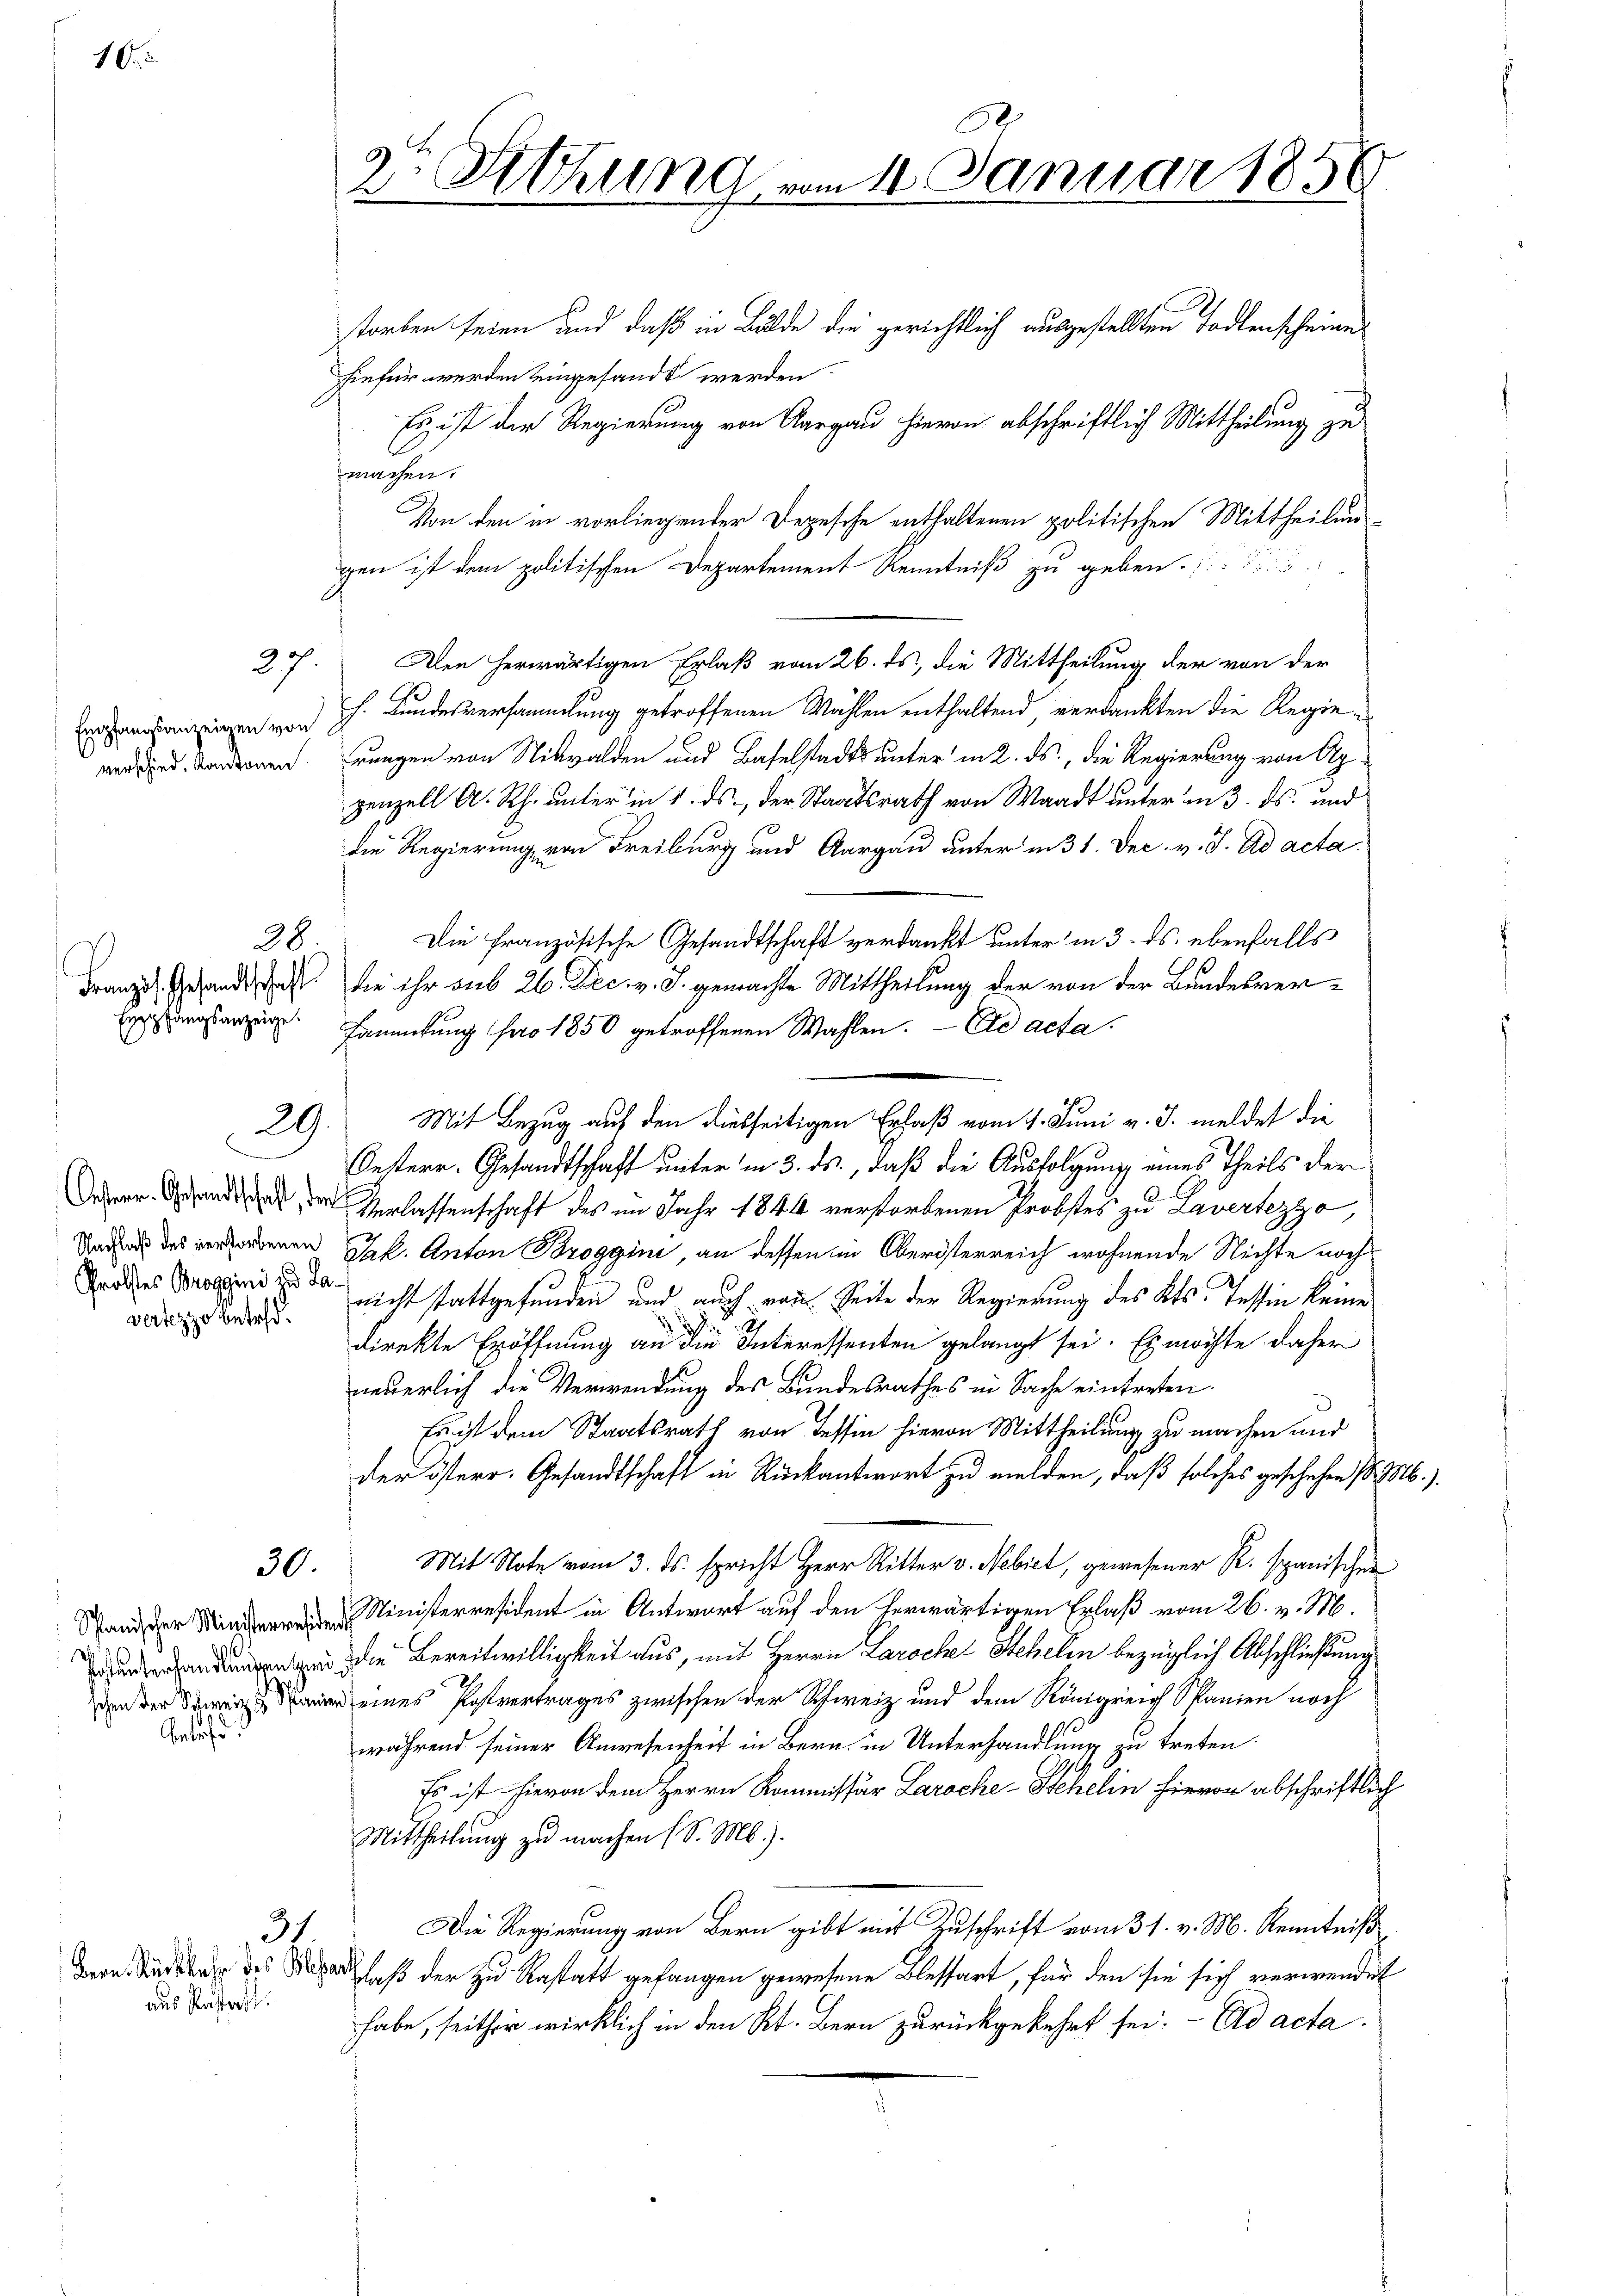
10

Empfangsanzeigen von
verschied. Kantonen.

28.
Empfangsanzeige.

Nachlaß des verstorbenen
Probstes Broggini und Lavertezzo betreff¬

37.

29.

30.

Betref

aus Kastatt.

31.

2te Sitzung vom 11. Januar 1856

storben seien und daß in Bälde die gerichtlich ausgestellten Todtenscheines
hiefür werden eingesandt werden.
Es ist der Regierung von Aargau hievon abschriftlich Mittheilung zu
machen.
Von den in vorliegender Depesche enthaltenen politischen Mittheilungen ist dem politischen Departement Kenntniß zu geben.
Den herwärtigen Erlaß vom 26. ds, die Mittheilung der von der
h. Bundesversammlung getroffenen Wählen enthaltend, verdankten die Regierungen von Nidwalden und Baselstadts unter in 2. ds., die Regierung von Apgenzell A. Rh. unter in 1. ds., der Staatsrath von Waadt unter in 3. ds. und
die Regierung, von Freiburg und Aargau unter in 31. Dec. v. J. Ad acta
Die Französische Gesandtschaft verdankt unter in 3. ds. ebenfalls
Franze Gesandt das die ihr aus 26. Dec. v. J. gemachte Mittheilung der von der Bundesversammlung pro 1850 getroffenen Wahlen. - Ad acta.
Oesterr. Gesandtschaft unter in 3. ds., daß die Ausfolgung eines Theils der
Dozier geendigen der Verlassenschaft des im Jahr 1844 verstorbenen Probstes zu Lavertezzo,
Jak. Anton Broggini, an dessen in Oberösterreich wohnende Nichte noch
nicht stattgefunden und auch von Seite der Regierung des Kts. Tessin keine
s
d
direkte Eröffnung an die Interessenten gelangt sei. Es möchte daher
neuerlich die Verwendung des Bundesrathes in Sache eintreten.
Es ist dem Staatsrath von Tessin hievon Mittheilung zu machen und
der österr. Gesandtschaft in Rückantwort zu melden, daß solches geschehen d. M.).
Mit Note vom 3. ds. spricht Herr Ritter v. Nebiet, gewesener K. spanischen
Ministerresident in Antwort auf den herwärtigen Erlaß vom 26. v. M.
 die Bereitwilligkeit aus, mit Herrn Paroche Stehelin bezüglich Abschließung
 eines Postvertrages zwischen der Schweiz und dem Königreich Spanien noch
während seiner Anwesenheit in Bern in Unterhandlung zu treten.
Es ist hievon dem Herrn Kommissär Laroche - Stehelin hievon abschriftlich
Mittheilung zu machen (S. M.).
Die Regierung von Bern gibt mit Zuschrift vom 31. v. M. Kenntniß
dern Sindete des Vaterlaß der zu Rastatt gefangen gewesene Blessart, für den sie sich verwendet
habe, seither wirklich in den Kt. Bern zurückgekehrt sei. - Ed acta

Mit Bezug auf den diesseitigen Erlaß vom 1. Juni v. J. meldet die